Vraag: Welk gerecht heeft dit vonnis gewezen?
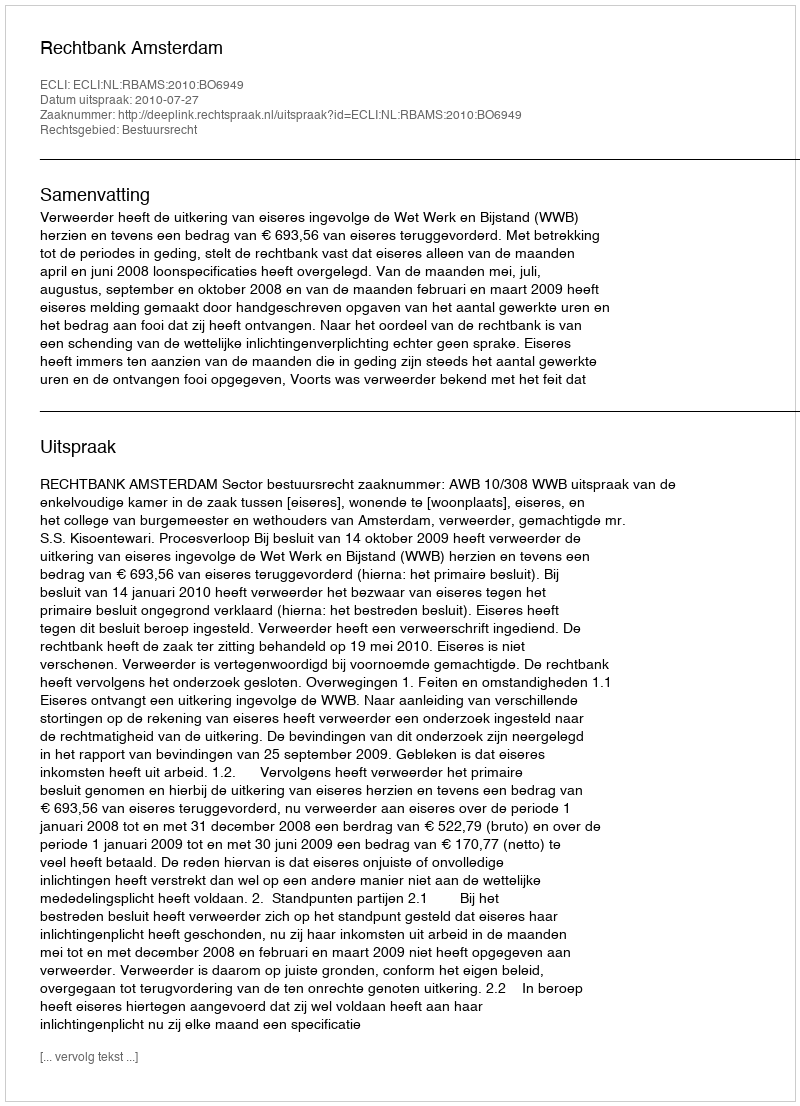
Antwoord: Rechtbank Amsterdam